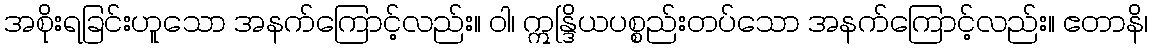
အစိုးရခြင်းဟူသော အနက်ကြောင့်လည်း။ ဝါ၊ ဣန္ဒြိယပစ္စည်းတပ်သော အနက်ကြောင့်လည်း။ ဧတာနိ၊